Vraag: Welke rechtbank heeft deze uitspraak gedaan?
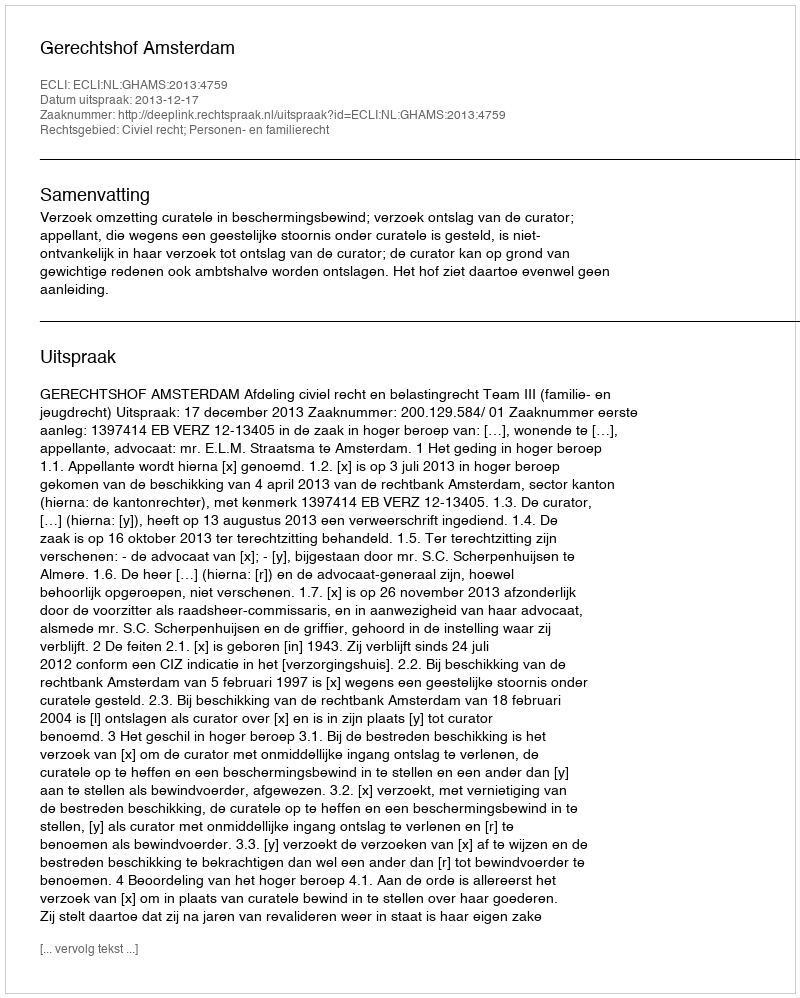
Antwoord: Gerechtshof Amsterdam